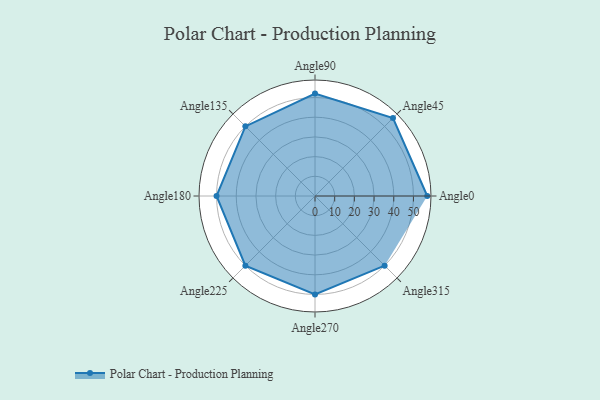
{"axis": {"x": "Angle", "y": "Radius"}, "legend": [""], "data": [{"x": "Angle0", "y": 57.0, "type": ""}, {"x": "Angle45", "y": 56.0, "type": ""}, {"x": "Angle90", "y": 52.0, "type": ""}, {"x": "Angle135", "y": 50, "type": ""}, {"x": "Angle180", "y": 50, "type": ""}, {"x": "Angle225", "y": 50, "type": ""}, {"x": "Angle270", "y": 50, "type": ""}, {"x": "Angle315", "y": 50, "type": ""}]}